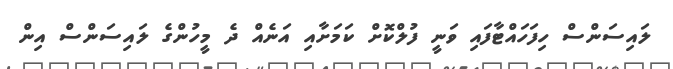
ލައިސަންސް ހިފަހައްޓާފައި ވަނީ ފުލްކޮށް ކަމަށާއި އަނެއް ދެ މީހުންގެ ލައިސަންސް އިން